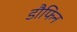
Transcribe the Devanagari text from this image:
डौफिन